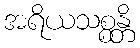
အရိယသစ္စန္တိ